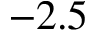
- 2 . 5